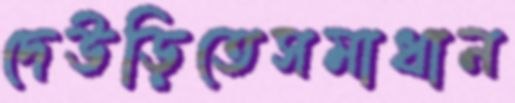
দেউড়িতেসমাধান